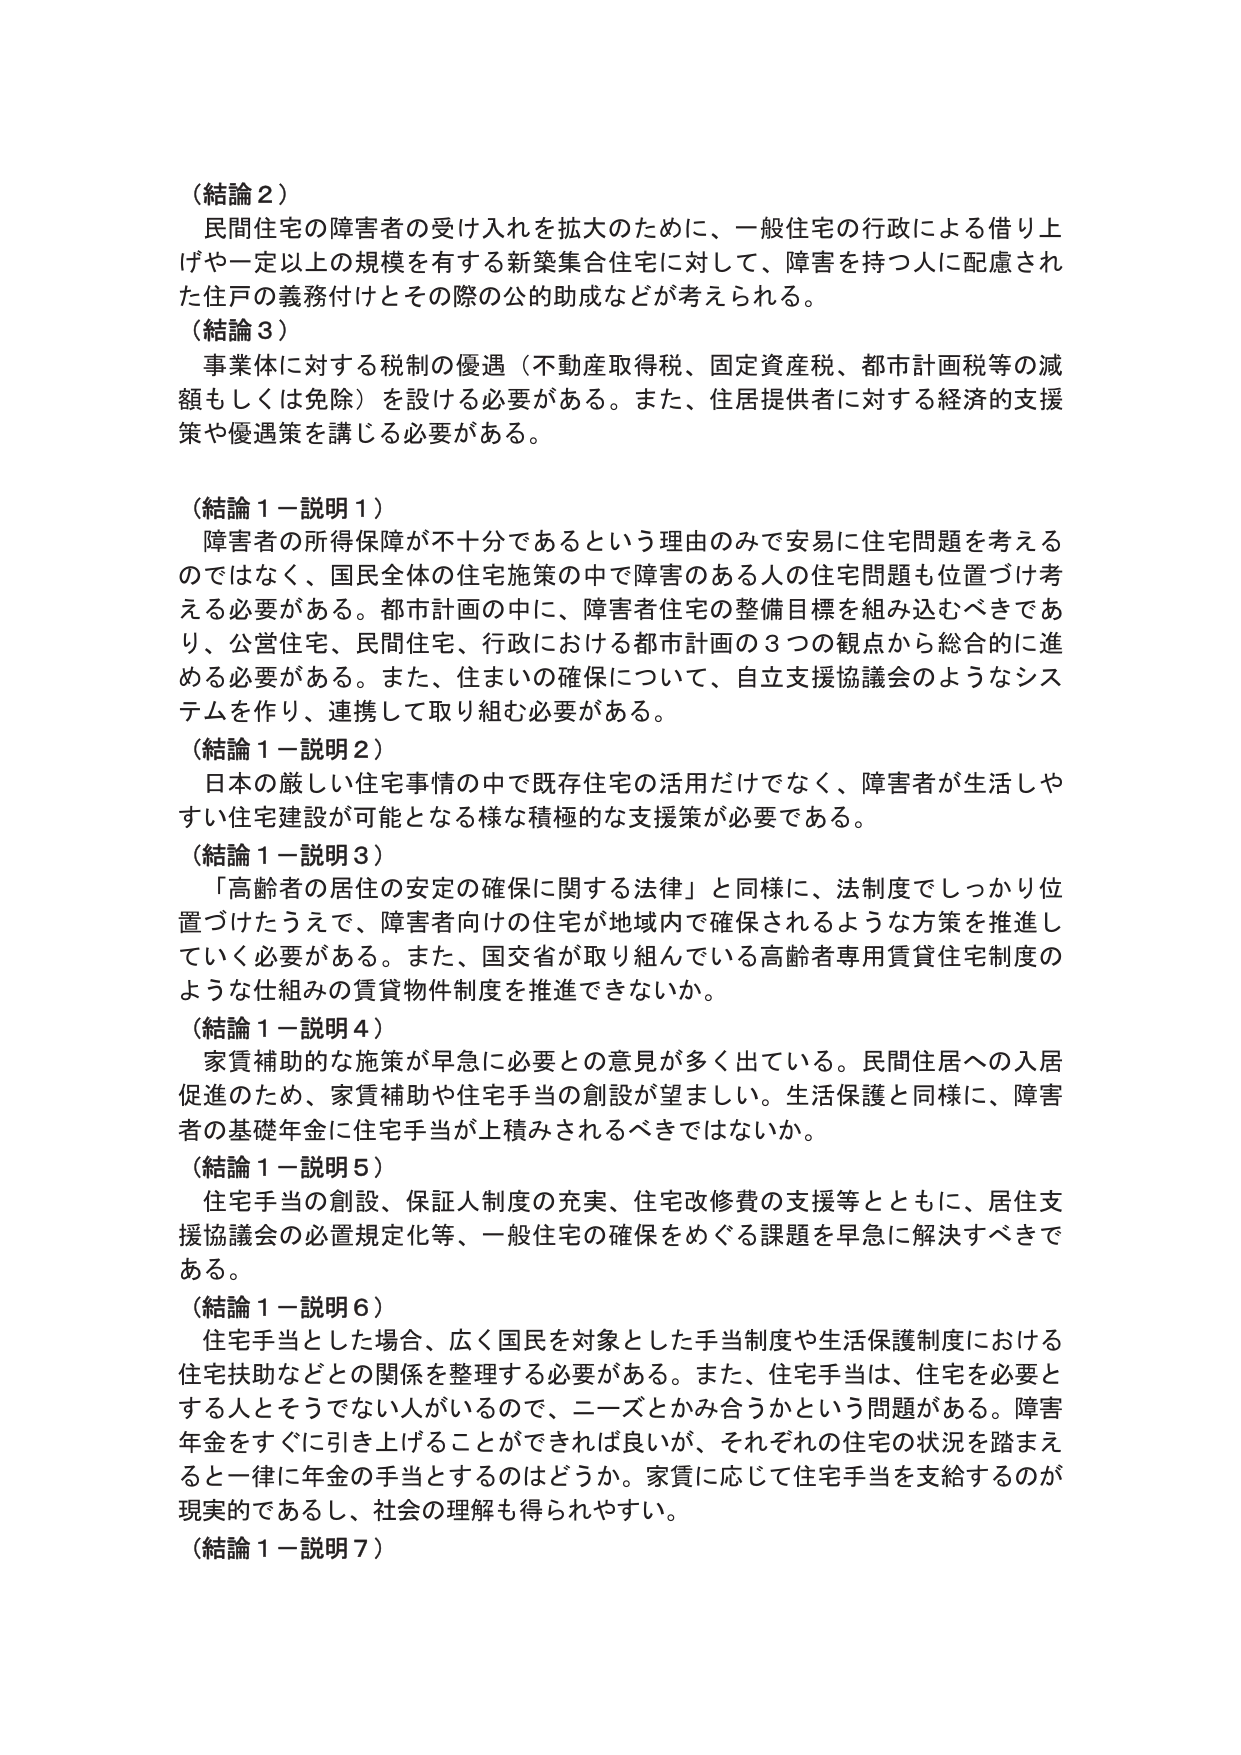
（結論２）
民間住宅の障害者の受け入れを拡大のために、一般住宅の行政による借り上げや一定以上の規模を有する新築集合住宅に対して、障害を持つ人に配慮された住戸の義務付けとその際の公的助成などが考えられる。

（結論３）
事業体に対する税制の優遇（不動産取得税、固定資産税、都市計画税等の減額もしくは免除）を設ける必要がある。また、住居提供者に対する経済的支援策や優遇策を講じる必要がある。

（結論１－説明１）
障害者の所得保障が不十分であるという理由のみで安易に住宅問題を考えるのではなく、国民全体の住宅施策の中で障害のある人の住宅問題も位置づけ考える必要がある。都市計画の中に、障害者住宅の整備目標を組み込むべきであり、公営住宅、民間住宅、行政における都市計画の３つの観点から総合的に進める必要がある。また、住まいの確保について、自立支援協議会のようなシステムを作り、連携して取り組む必要がある。

（結論１－説明２）
日本の厳しい住宅事情の中で既存住宅の活用だけでなく、障害者が生活しやすい住宅建設が可能となる様な積極的な支援策が必要である。

（結論１－説明３）
「高齢者の居住の安定の確保に関する法律」と同様に、法制度でしっかり位置づけたうえで、障害者向けの住宅が地域内で確保されるような方策を推進していく必要がある。また、国交省が取り組んでいる高齢者専用賃貸住宅制度のような仕組みの賃貸物件制度を推進できないか。

（結論１－説明４）
家賃補助的な施策が早急に必要との意見が多く出ている。民間住居への入居促進のため、家賃補助や住宅手当の創設が望ましい。生活保護と同様に、障害者の基礎年金に住宅手当が上積みされるべきではないか。

（結論１－説明５）
住宅手当の創設、保証人制度の充実、住宅改修費の支援等とともに、居住支援協議会の必置規定化等、一般住宅の確保をめぐる課題を早急に解決すべきである。

（結論１－説明６）
住宅手当とした場合、広く国民を対象とした手当制度や生活保護制度における住宅扶助などとの関係を整理する必要がある。また、住宅手当は、住宅を必要とする人とそうでない人がいるので、ニーズとかみ合うかという問題がある。障害年金をすぐに引き上げることができれば良いが、それぞれの住宅の状況を踏まえると一律に年金の手当とするのはどうか。家賃に応じて住宅手当を支給するのが現実的であるし、社会の理解も得られやすい。

（結論１－説明７）